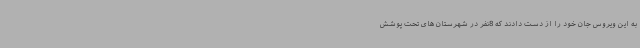
به این ویروس جان خود را از دست دادند که 8نفر در شهرستان های تحت پوشش